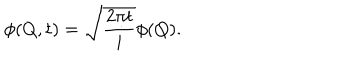
\phi ( Q , t ) = \sqrt { { \frac { 2 \pi t } { i } } } \phi ( Q ) .